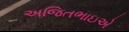
અજિતભાઇએ